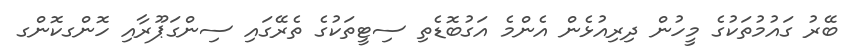
ބޭރު ގައުމުތަކުގެ މީހުން ދިރިއުޅެން އެންމެ އަގުބޮޑެތި ސިޓީތަކުގެ ތެރޭގައި ސިންގަޕޫރާއި ހޮންގކޮންގ